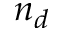
n _ { d }